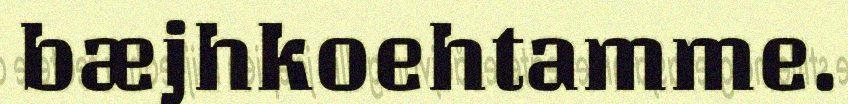
bæjhkoehtamme.